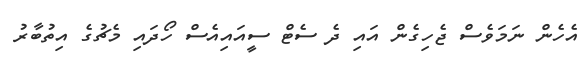
އެހެން ނަމަވެސް ޖެހިގެން އައި ދެ ސެޓް ސީއައިއެސް ހޯދައި މެޗުގެ އިތުބާރު